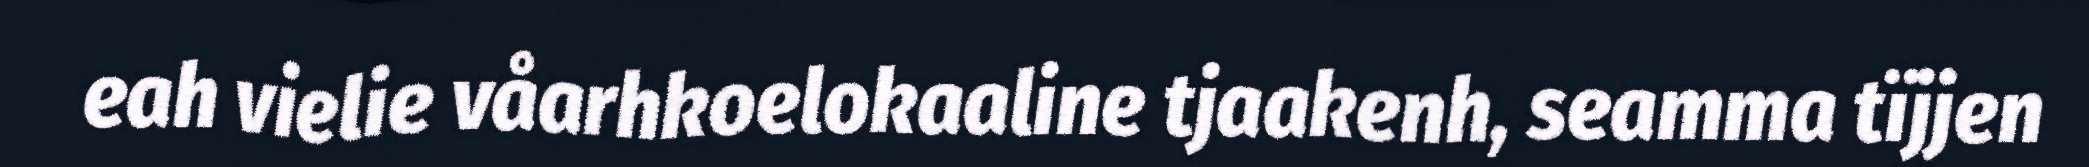
eah vielie våarhkoelokaaline tjaakenh, seamma tïjjen